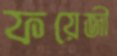
ফয়েজী